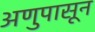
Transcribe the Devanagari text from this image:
अणुपासून